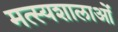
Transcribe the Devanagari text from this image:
मत्स्यशालाओं